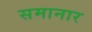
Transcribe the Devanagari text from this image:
समानार